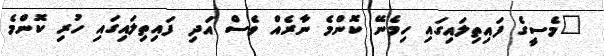
"މެސީގެ ފައިތިލައިގައި ހިމެނޭ ކޮންމެ ނާރެއް ވެސް އަދި ފައިތިލައިގައި ހުރި ކޮންމެ